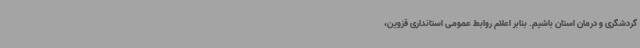
گردشگری و درمان استان باشیم. بنابر اعلام روابط عمومی استانداری قزوین،